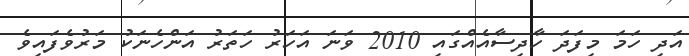
އަދި ހަމަ މިފަދަ ހާދިސާއެއްގައި 2010 ވަނަ އަހަރު ހަތަރު އަންހެނަކު މަރުވެފައިވެ